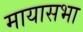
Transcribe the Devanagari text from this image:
मायासभा